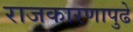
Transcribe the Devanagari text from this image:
राजकारणापुढे